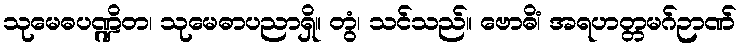
သုမေဓပဏ္ဍိတ၊ သုမေဓာပညာရှိ။ တွံ၊ သင်သည်။ ဗောဓိံ၊ အရဟတ္တမဂ်ဉာဏ်